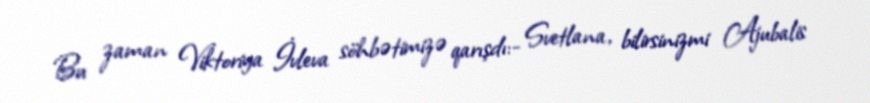
Bu zaman Viktoriya İvleva söhbətimizə qarışdı:- Svetlana, bilirsinizmi Ajubalis